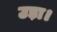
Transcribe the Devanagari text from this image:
उड़ा।